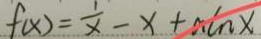
f ( x ) = \frac { 1 } { x } - x + a \ln x